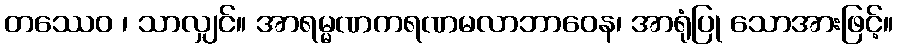
တဿေဝ ၊ သာလျှင်။ အာရမ္မဏကရဏမလာဘာဝေန၊ အာရုံပြု သောအားဖြင့်။